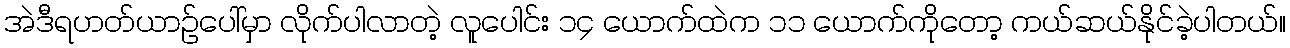
အဲဒီရဟတ်ယာဉ်ပေါ်မှာ လိုက်ပါလာတဲ့ လူပေါင်း ၁၄ ယောက်ထဲက ၁၁ ယောက်ကိုတော့ ကယ်ဆယ်နိုင်ခဲ့ပါတယ်။